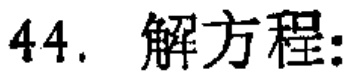
44. 解方程: